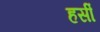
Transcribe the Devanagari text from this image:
हर्सीं